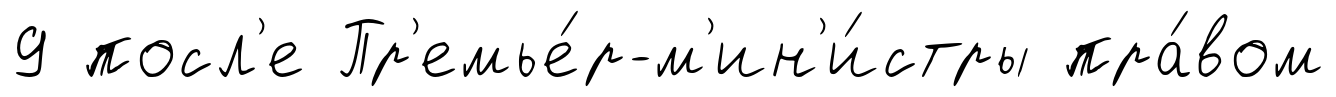
9 посл'е Пр'емье́р-м'ин'и́стры пра́вом